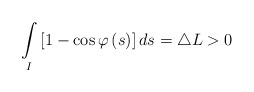
\begin{align*}\underset{I}{\int }\left[1-\cos \varphi \left( s\right) \right]ds=\triangle L>0 \end{align*}